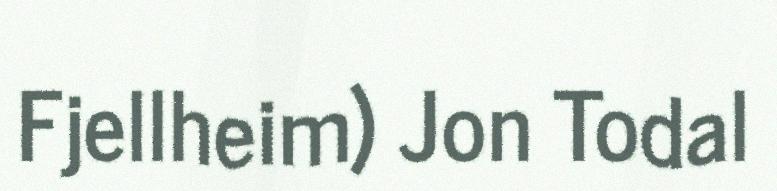
Fjellheim) Jon Todal